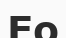
Ео